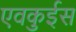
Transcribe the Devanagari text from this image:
एवकुईस